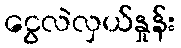
ငွေလဲလှယ်နှုန်း